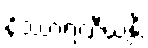
နိဿာရဏီယန္တိ